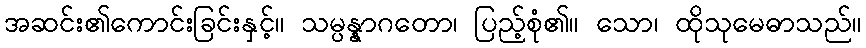
အဆင်း၏ကောင်းခြင်းနှင့်။ သမ္ပန္နာဂတော၊ ပြည့်စုံ၏။ သော၊ ထိုသုမေဓာသည်။